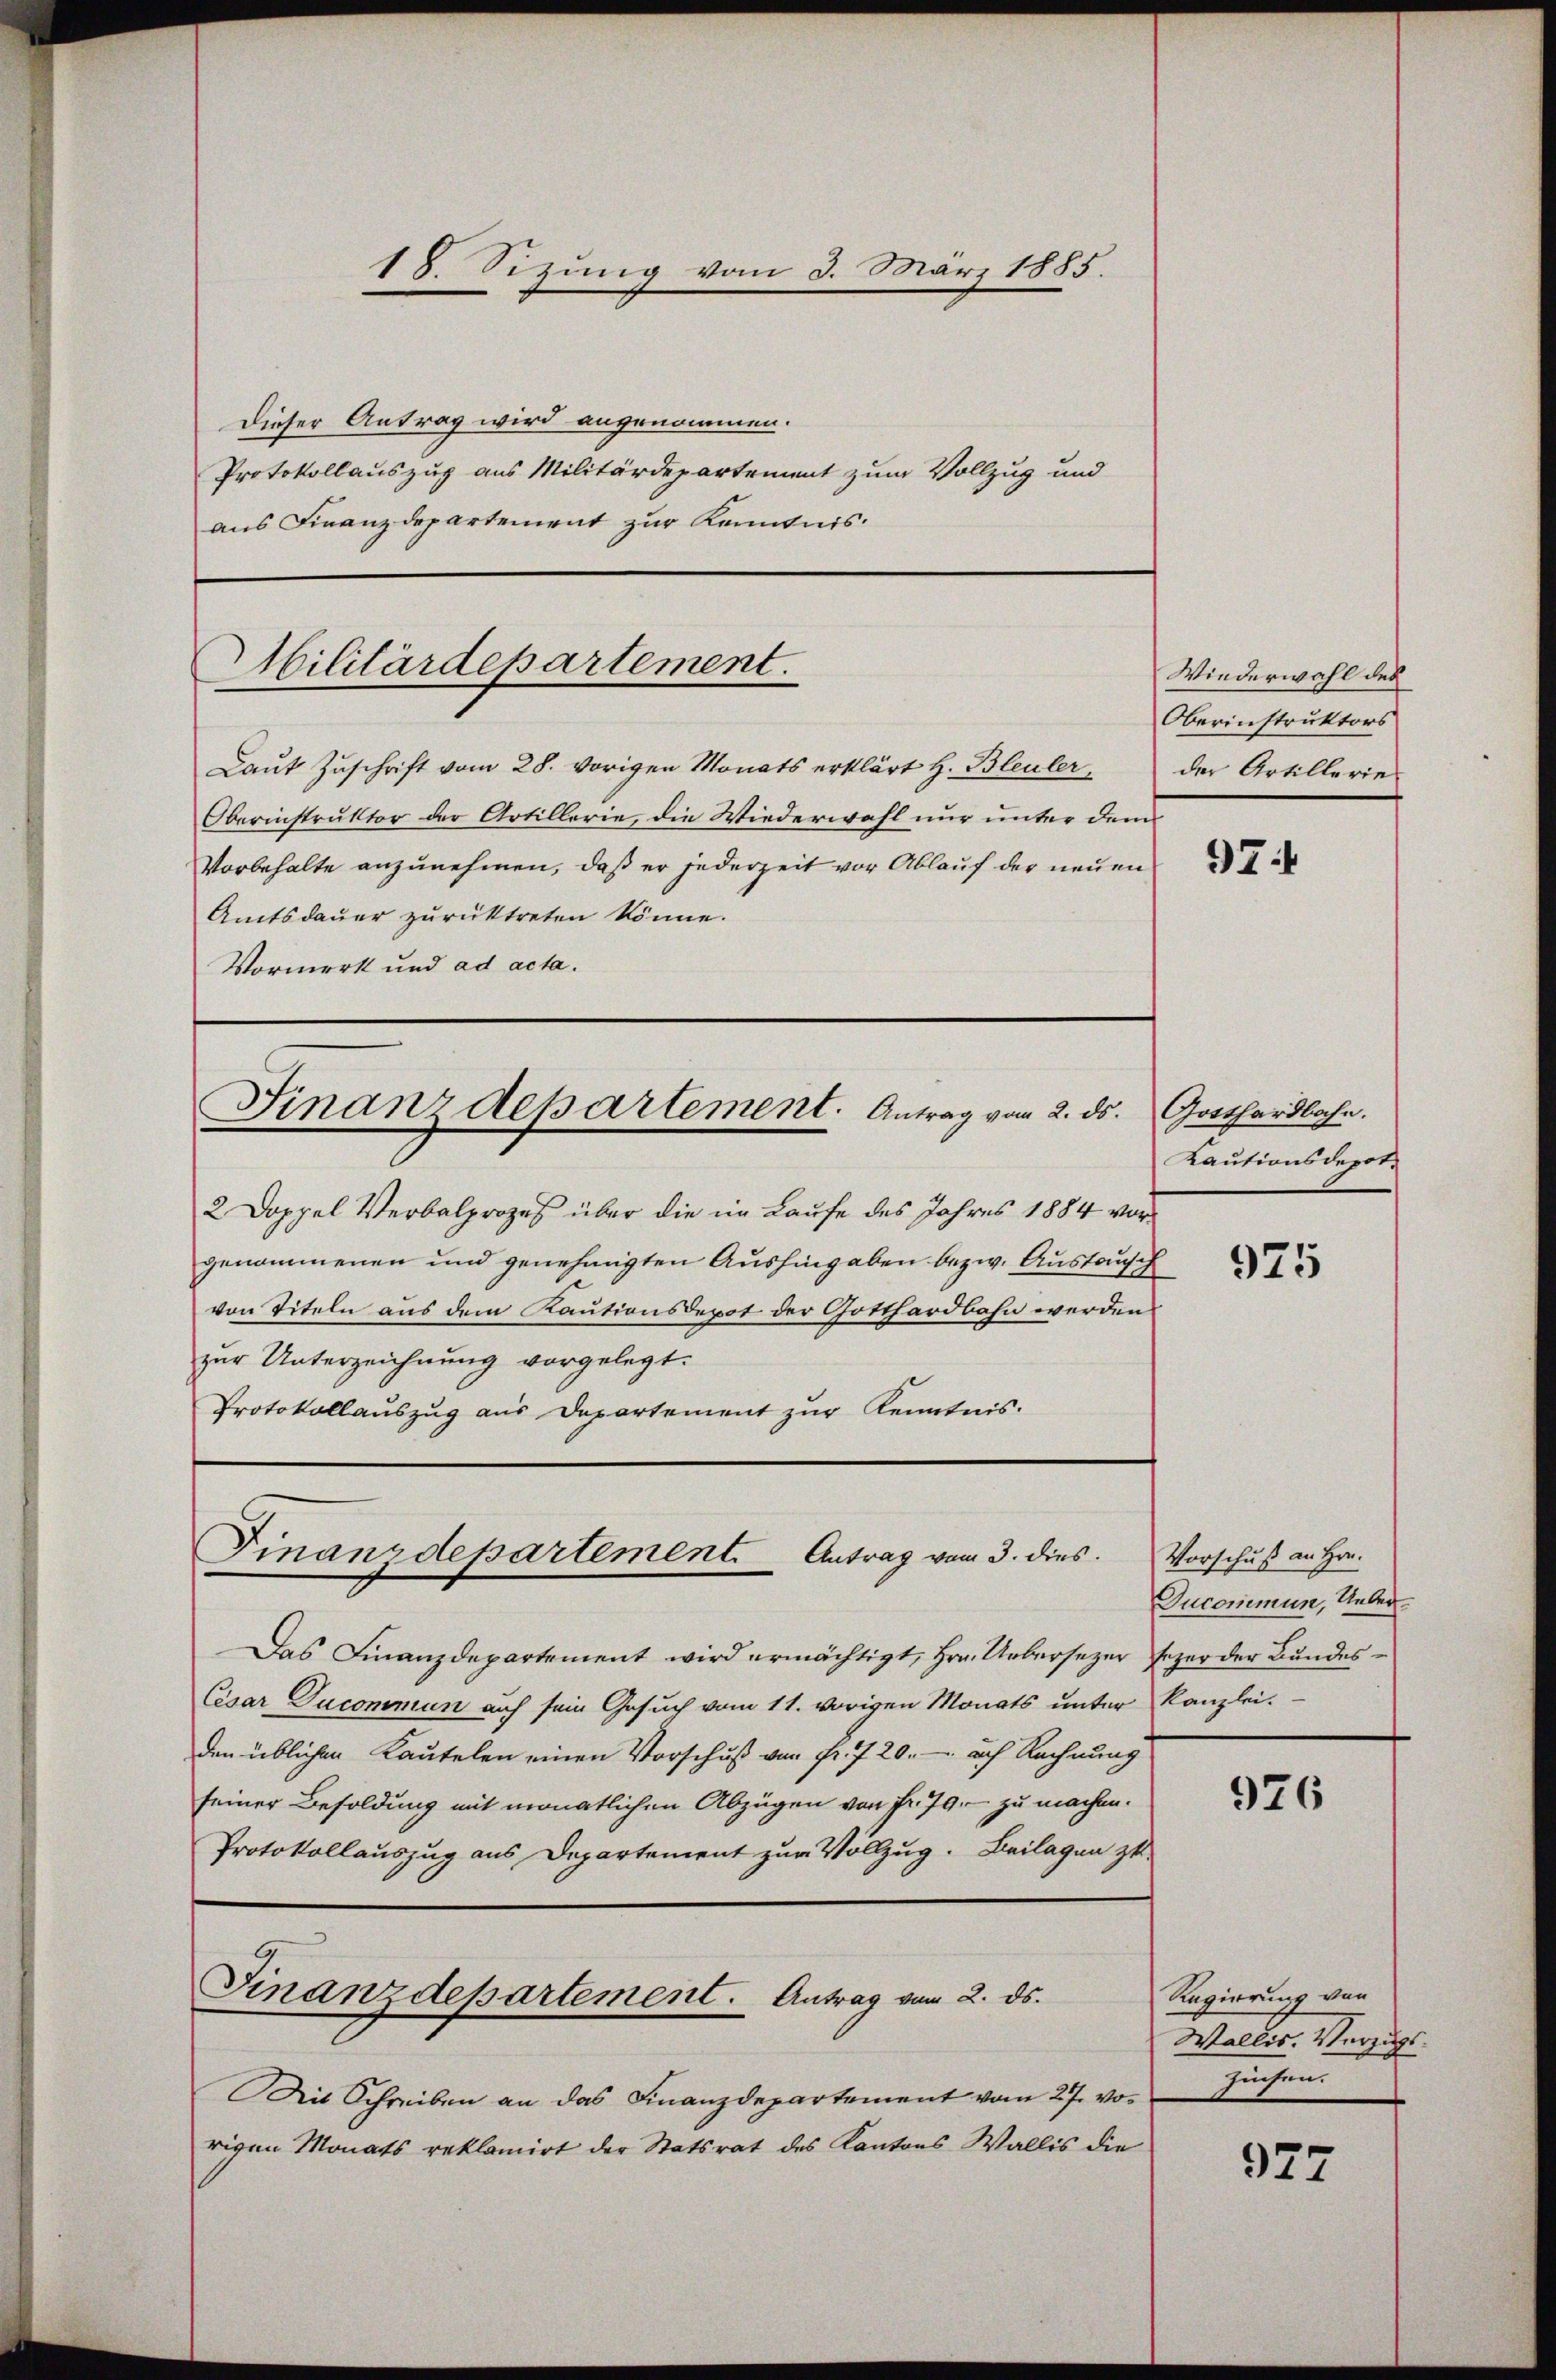
Dieser Antrag wird angenommen.
Protokollauszug aus Militärdepartement zum Vollzug und
aus Finanzdepartement zur Kenntnis.

18. Sizung vom 3. März 1885.

Militärdepartement.

Laŭt Zŭschrift vom 28. vorigen Monats erklärt H. Bleuler, der Artillerie
Oberinstruktor der Artillerie, die Wiederwahl nur unter dem
Vorbehalte anzunehmen, daß er jederzeit vor Ablauf der neuen
Amtsdauer zurücktreten könne.
Vormerk und ad acta.

2 Doppel Verbalprozes über die im Laufe des Jahres 1884 vorgenommenen und genehmigten Aushingaben bezw. Austausch
von Titeln aus dem Kautionsdepot der Gotthardbahn werden
zur Unterzeichnung vorgelegt.
Protokollauszug aus Departement zur Kenntnis.

Finanzdepartement. Antrag vom 2. ds. Gotthardbahn.

Finanzdepartement. Antrag vom 3. dies

Das Finanzdepartement wird ermächtigt, Hrn. Uebersezer Erzer der Bundes¬
Cesar Ducommun auf sein Gesuch vom 11. vorigen Monats unter Kanzlei.
den üblichen Kautelen einen Vorschuß von Fr. 720.- ach Rechnung
seiner Besoldung mit monatlichen Abzügen von fr. 79. - zu machen.
Protokollauszug aus Departement zur Vollzug. Beilagen zu-

Finanzdepartement. Antrag vom 2. ds.

Mit Schreiben an das Finanzdepartement vom 27. von
rigen Monats reklamirt der Statsrat des Kantons Wallis die

Wiederwahl des
Oberinstruktors

97:

Kautionsdepot.

975

Vorschuß an Hrn.
Ducommun, Ueber.

926

Regierung von
Wallis. Vorzugssuchen.

927